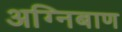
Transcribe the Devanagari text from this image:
अग्‍निबाण